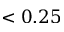
< 0 . 2 5